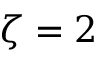
\zeta = 2